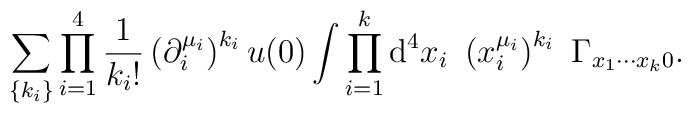
\sum_{\{k_{i}\}}\prod_{i=1}^{4}\frac{1}{k_{i}!}\left( \partial _{i}^{\mu_{i}}\right) ^{k_{i}}u(0)\int \prod_{i=1}^{k}{\rm d}^{4}x_{i}~\left(x_{i}^{\mu _{i}}\right) ^{k_{i}}~\Gamma _{x_{1}\cdots x_{k}0}.